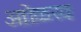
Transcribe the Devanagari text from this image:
आोळख